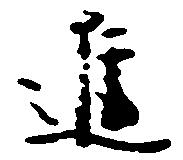
進